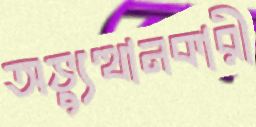
অভ্যুত্থানকারী